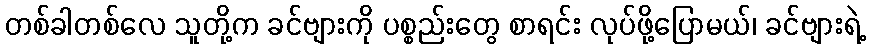
တစ်ခါတစ်လေ သူတို့က ခင်ဗျားကို ပစ္စည်းတွေ စာရင်း လုပ်ဖို့ပြောမယ်၊ ခင်ဗျားရဲ့